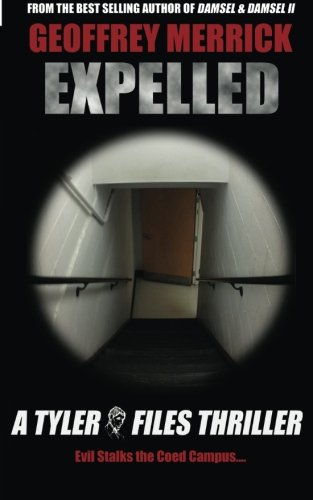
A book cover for Expelled: A Tyler Files Thriller (The Tyler Files) (Volume 4); Geoffrey Merrick; Romance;